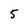
Character: 5